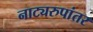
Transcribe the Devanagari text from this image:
नाट्यरुपांतर